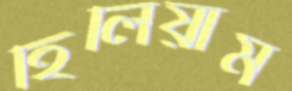
হিলিয়াম